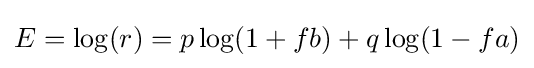
E=\log(r)=p\log(1+fb)+q\log(1-fa)